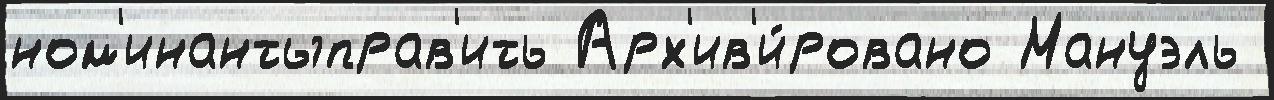
ном'инантыправ'ить Арх'ив'и́ровано Мануэль